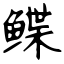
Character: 鲽